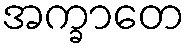
အက္ခာတေ